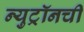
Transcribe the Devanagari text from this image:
न्युट्रॉनची